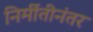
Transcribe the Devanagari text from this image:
निर्मीतीनंतर